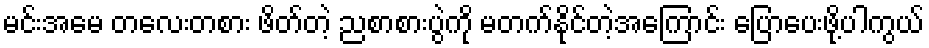
မင်းအမေ တလေးတစား ဖိတ်တဲ့ ညစာစားပွဲကို မတက်နိုင်တဲ့အကြောင်း ပြောပေးဖို့ပါကွယ်